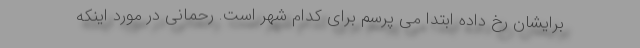
برایشان رخ داده ابتدا می پرسم برای کدام شهر است. رحمانی در مورد اینکه